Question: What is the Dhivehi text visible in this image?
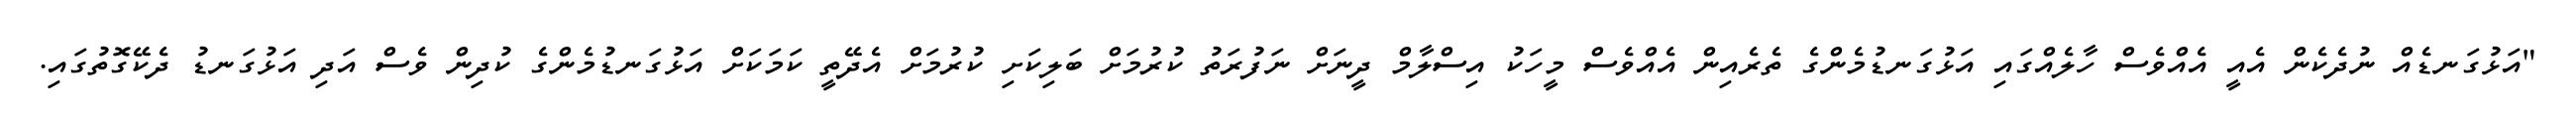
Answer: "އަޅުގަނޑެއް ނުދެކެން އެއީ އެއްވެސް ހާލެއްގައި އަޅުގަނޑުމެންގެ ތެރެއިން އެއްވެސް މީހަކު އިސްލާމް ދީނަށް ނަފުރަތު ކުރުމަށް ބަލިކަށި ކުރުމަށް އެދޭތީ ކަމަކަށް އަޅުގަނޑުމެންގެ ކުދިން ވެސް އަދި އަޅުގަނޑު ދެކޭގޮތުގައި.